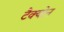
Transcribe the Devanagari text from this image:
टैक्योन